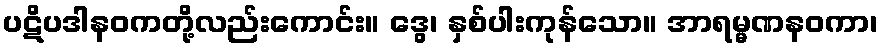
ပဋိပဒါနဝကတို့လည်းကောင်း။ ဒွေ၊ နှစ်ပါးကုန်သော။ အာရမ္မဏနဝကာ၊